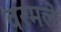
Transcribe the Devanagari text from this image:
वरमले